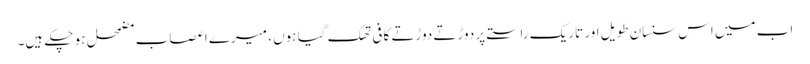
اب میں اس سنسان طویل اور تاریک راستے پر دوڑتے دوڑتے کافی تھک گیا ہوں ، میرے اعصاب مضمحل ہو چکے ہیں۔